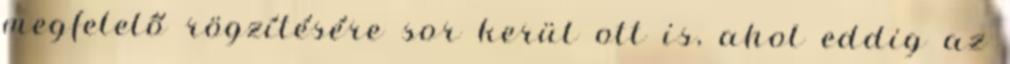
megfelelő rögzítésére sor kerül ott is, ahol eddig az